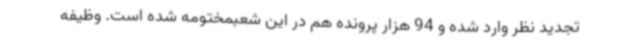
تجدید نظر وارد شده و 94 هزار پرونده هم در این شعبمختومه شده است. وظیفه